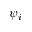
\psi _ { i }